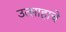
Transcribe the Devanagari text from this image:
उत्साहाचे